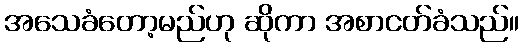
အသေခံတော့မည်ဟု ဆိုကာ အစာငတ်ခံသည်။